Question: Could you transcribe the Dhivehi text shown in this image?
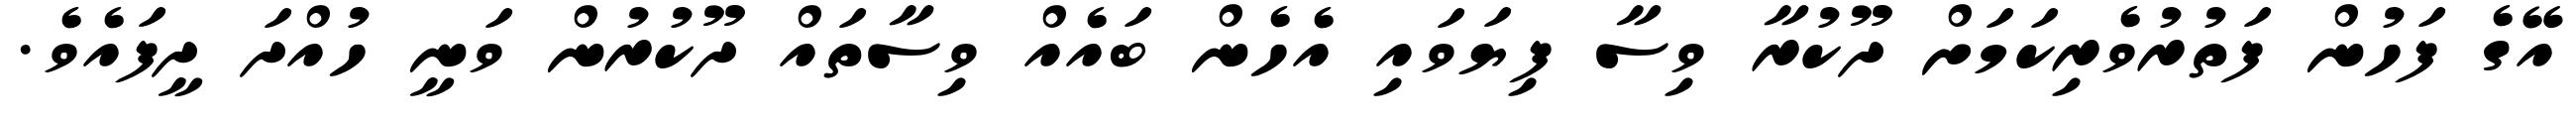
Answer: އޭގެ ފަހުން ފަތުރުވެރިކަމަށް ދޫކުރާ ވިސާ ފިޔަވައި އެހެން ބައެއް ވިސާތައް ދޫކުރުން ވަނީ ހުއްދަ ދީފައެވެ.